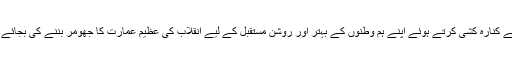
اپنی راحت و آرام اور زندگانی کی جملہ خواہشوں سے کنارہ کشی کرتے ہوئے اپنے ہم وطنوں کے بہتر اور روشن مستقبل کے لیے انقلاب کی عظیم عمارت کا جھومر بننے کی بجائے اس کی بنیادوں میں ہی خود کو گم کرنا پسند کر لیا۔